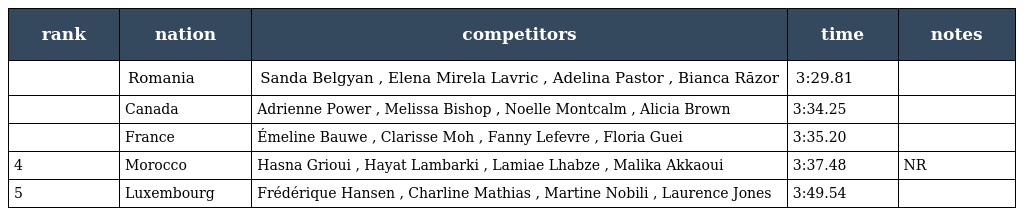
| rank | nation | competitors | time | notes |
 | --- | --- | --- | --- | --- |
 |  | Romania | Sanda Belgyan , Elena Mirela Lavric , Adelina Pastor , Bianca Răzor | 3:29.81 |  |
 |  | Canada | Adrienne Power , Melissa Bishop , Noelle Montcalm , Alicia Brown | 3:34.25 |  |
 |  | France | Émeline Bauwe , Clarisse Moh , Fanny Lefevre , Floria Guei | 3:35.20 |  |
 | 4 | Morocco | Hasna Grioui , Hayat Lambarki , Lamiae Lhabze , Malika Akkaoui | 3:37.48 | NR |
 | 5 | Luxembourg | Frédérique Hansen , Charline Mathias , Martine Nobili , Laurence Jones | 3:49.54 |  |